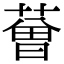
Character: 𦸥